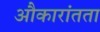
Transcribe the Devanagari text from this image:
औकारांतता